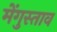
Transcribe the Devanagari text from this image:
मेंगुस्ताव